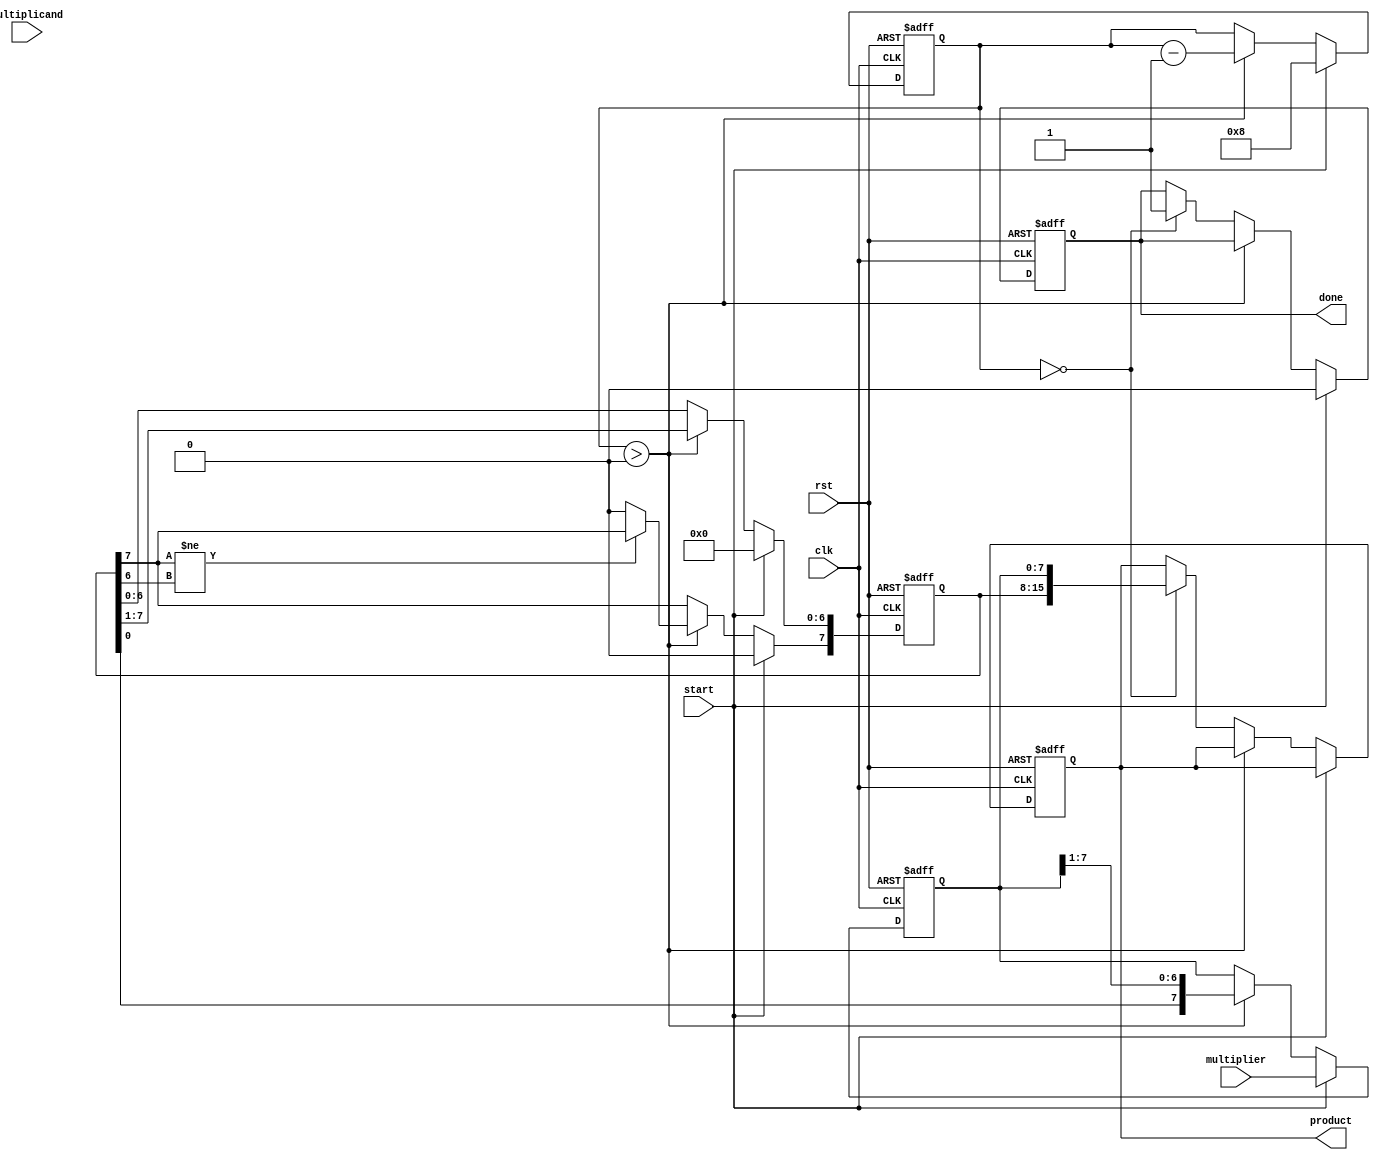
module booth_multiplier #(parameter N = 8) (
    input wire [N-1:0] multiplicand,  // n-bit signed multiplicand
    input wire [N-1:0] multiplier,     // n-bit signed multiplier
    input wire start,                  // control signal to start multiplication
    input wire clk,                    // clock signal
    input wire rst,                    // reset signal
    output reg [2*N-1:0] product,      // (2n)-bit signed product
    output reg done                    // multiplication done signal
);

    reg [N-1:0] A;                     // Accumulator
    reg [N-1:0] Q;                     // Multiplier
    reg Q_1;                           // Previous LSB of multiplier
    reg [N-1:0] M;                     // Negated multiplicand
    reg [3:0] count;                   // Loop counter

    // Negate the multiplicand for subtraction
    always @(*) begin
        M = ~multiplicand + 1'b1;       // Two's complement
    end

    // State machine for Booth's algorithm
    always @(posedge clk or posedge rst) begin
        if (rst) begin
            A <= 0;
            Q <= 0;
            Q_1 <= 0;
            product <= 0;
            count <= 0;
            done <= 0;
        end else if (start) begin
            // Initialize registers
            A <= 0;
            Q <= multiplier;
            Q_1 <= 0;
            count <= N;         // Set count for N iterations
            done <= 0;
        end else if (count > 0) begin
            case ({Q[0], Q_1})
                2'b01: A <= A + M;  // Add M to A
                2'b10: A <= A + multiplicand; // Subtract M from A
                2'b00: ;            // Do nothing
                2'b11: ;            // Do nothing
            endcase

            // Arithmetic right shift
            {A, Q} <= {A, Q} >> 1;
            if (A[N-1] != A[N-2]) begin
                A[N-1] <= A[N-1]; // Sign extension
            end
            
            // Update Q_1
            Q_1 <= Q[0];

            // Decrement the count
            count <= count - 1;
        end else if (count == 0) begin
            product <= {A, Q}; // Combine A and Q for final product
            done <= 1;         // Indicate multiplication is done
        end
    end
endmodule